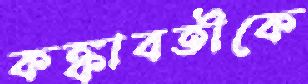
কঙ্কাবতীকে